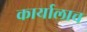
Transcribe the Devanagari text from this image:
कार्यालाच